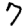
Digit: 7